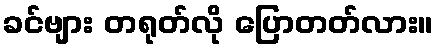
ခင်ဗျား တရုတ်လို ပြောတတ်လား။